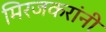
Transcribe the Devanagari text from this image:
मिरजकरांनी